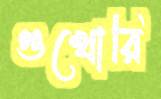
গুখোরি